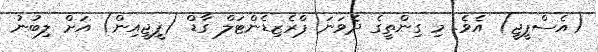
(އެސްޕީޖީ) އެވެ. މި ގިންތީގެ ދެވަނަ ޕްރެޒިޑެންޓަލް ގާޑް (ޕީޖީއިން) އަށް ލިބުނު